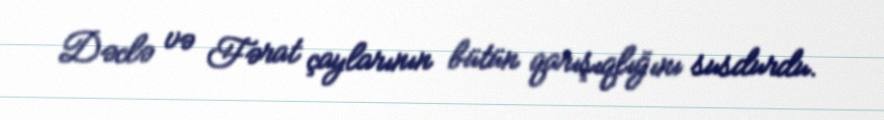
Dəclə və Fərat çaylarının bütün qarışıqlığını susdurdu.